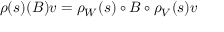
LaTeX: \rho ( s ) ( B ) v = \rho _ { W } ( s ) \circ B \circ \rho _ { V } ( s ) v